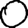
Digit: 0